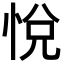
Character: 悅